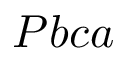
P b c a